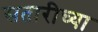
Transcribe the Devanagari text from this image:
सतारीच्या